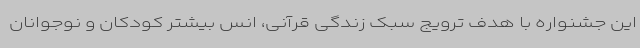
این جشنواره با هدف ترویج سبک زندگی قرآنی، انس بیشتر کودکان و نوجوانان